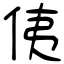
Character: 侇